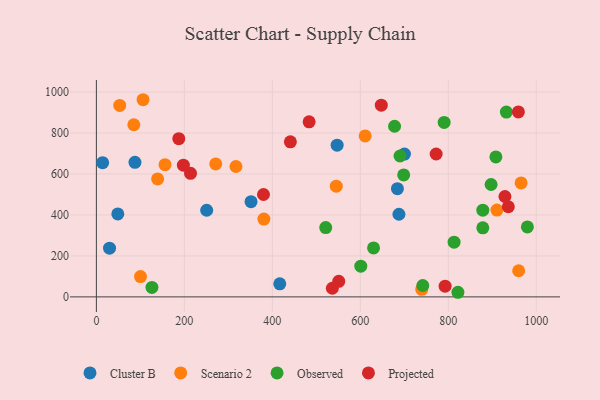
{"axis": {"x": "Investment", "y": "Yield"}, "legend": ["Cluster B", "Observed", "Projected", "Scenario 2"], "data": [{"x": "684.4", "y": 528.3, "type": "Cluster B"}, {"x": "351.6", "y": 464.9, "type": "Cluster B"}, {"x": "250.8", "y": 423.1, "type": "Cluster B"}, {"x": "416.9", "y": 63.7, "type": "Cluster B"}, {"x": "29.9", "y": 237.7, "type": "Cluster B"}, {"x": "547.3", "y": 741.0, "type": "Cluster B"}, {"x": "87.7", "y": 656.9, "type": "Cluster B"}, {"x": "687.8", "y": 403.5, "type": "Cluster B"}, {"x": "700.3", "y": 697.4, "type": "Cluster B"}, {"x": "14.2", "y": 655.1, "type": "Cluster B"}, {"x": "48.7", "y": 405.0, "type": "Cluster B"}, {"x": "317.3", "y": 636.6, "type": "Scenario 2"}, {"x": "156.1", "y": 645.6, "type": "Scenario 2"}, {"x": "960.0", "y": 127.7, "type": "Scenario 2"}, {"x": "271.3", "y": 649.3, "type": "Scenario 2"}, {"x": "106.1", "y": 962.7, "type": "Scenario 2"}, {"x": "611.0", "y": 785.8, "type": "Scenario 2"}, {"x": "380.8", "y": 380.0, "type": "Scenario 2"}, {"x": "85.1", "y": 840.5, "type": "Scenario 2"}, {"x": "739.7", "y": 36.9, "type": "Scenario 2"}, {"x": "100.3", "y": 99.4, "type": "Scenario 2"}, {"x": "53.1", "y": 934.8, "type": "Scenario 2"}, {"x": "545.3", "y": 540.5, "type": "Scenario 2"}, {"x": "139.2", "y": 576.2, "type": "Scenario 2"}, {"x": "910.6", "y": 423.8, "type": "Scenario 2"}, {"x": "965.5", "y": 556.4, "type": "Scenario 2"}, {"x": "878.5", "y": 423.6, "type": "Observed"}, {"x": "932.0", "y": 902.3, "type": "Observed"}, {"x": "878.5", "y": 337.2, "type": "Observed"}, {"x": "813.2", "y": 267.1, "type": "Observed"}, {"x": "521.4", "y": 338.5, "type": "Observed"}, {"x": "630.1", "y": 239.1, "type": "Observed"}, {"x": "126.3", "y": 46.3, "type": "Observed"}, {"x": "690.3", "y": 688.0, "type": "Observed"}, {"x": "677.9", "y": 833.1, "type": "Observed"}, {"x": "742.0", "y": 55.7, "type": "Observed"}, {"x": "979.8", "y": 341.7, "type": "Observed"}, {"x": "601.1", "y": 150.1, "type": "Observed"}, {"x": "821.9", "y": 22.5, "type": "Observed"}, {"x": "908.2", "y": 683.4, "type": "Observed"}, {"x": "897.3", "y": 548.7, "type": "Observed"}, {"x": "698.6", "y": 595.7, "type": "Observed"}, {"x": "790.6", "y": 851.7, "type": "Observed"}, {"x": "483.6", "y": 854.8, "type": "Projected"}, {"x": "928.8", "y": 490.2, "type": "Projected"}, {"x": "647.7", "y": 935.9, "type": "Projected"}, {"x": "379.9", "y": 499.9, "type": "Projected"}, {"x": "187.4", "y": 772.4, "type": "Projected"}, {"x": "936.5", "y": 440.0, "type": "Projected"}, {"x": "536.4", "y": 42.1, "type": "Projected"}, {"x": "214.0", "y": 603.4, "type": "Projected"}, {"x": "772.4", "y": 697.8, "type": "Projected"}, {"x": "441.0", "y": 756.9, "type": "Projected"}, {"x": "551.0", "y": 76.0, "type": "Projected"}, {"x": "792.8", "y": 52.5, "type": "Projected"}, {"x": "197.8", "y": 642.9, "type": "Projected"}, {"x": "959.4", "y": 903.2, "type": "Projected"}]}